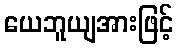
ယေဘူယျအားဖြင့်